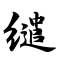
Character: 缱